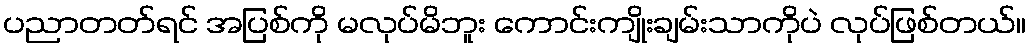
ပညာတတ်ရင် အပြစ်ကို မလုပ်မိဘူး ကောင်းကျိုးချမ်းသာကိုပဲ လုပ်ဖြစ်တယ်။